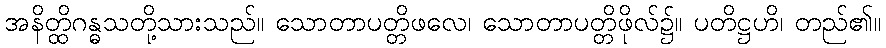
အနိတ္ထိဂန္ဓသတို့သားသည်။ သောတာပတ္တိဖလေ၊ သောတာပတ္တိဖိုလ်၌။ ပတိဋ္ဌဟိ၊ တည်၏။